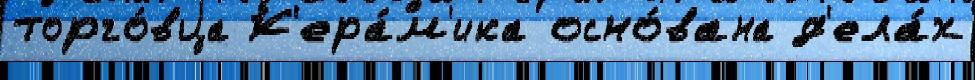
торго́вца К'ера́м'ика осно́вана д'ела́х